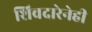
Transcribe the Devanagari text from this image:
शिवदारेनेही